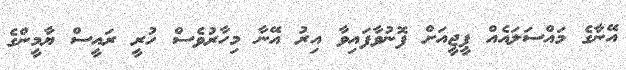
އޭނާގެ މައްސަލައެއް ޕީޖީއަށް ފޮނުވާފައިވާ އިރު އޭނާ މިހާރުވެސް ހުރީ ރައީސް ޔާމީންގެ